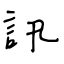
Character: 訊